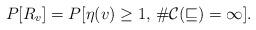
LaTeX: \begin{align*}P[R_v]=P[\eta(v)\ge 1,\, \#\cal{C}(v)=\infty].\end{align*}